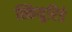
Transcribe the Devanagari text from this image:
स्कियुरिडे